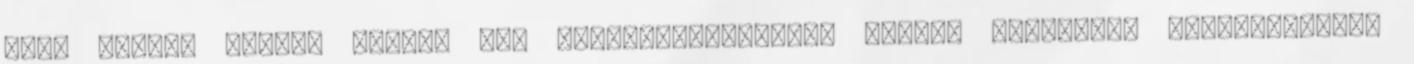
hogy milyen anyagi forrás áll rendelkezésünkre, milyen anyagokat használhatunk